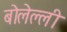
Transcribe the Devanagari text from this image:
बोलेल्ली